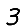
Digit: 3